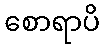
စောရာပိ